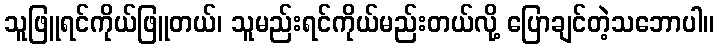
သူဖြူရင်ကိုယ်ဖြူတယ်၊ သူမည်းရင်ကိုယ်မည်းတယ်လို့ ပြောချင်တဲ့သဘောပါ။